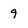
Character: 9